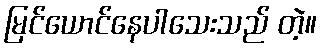
မြင်ယောင်နေပါသေးသည် တဲ့။